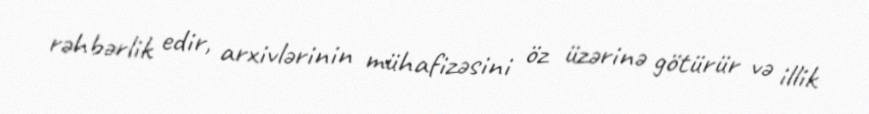
rəhbərlik edir, arxivlərinin mühafizəsini öz üzərinə götürür və illik